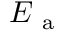
E _ { \mathrm { ~ a ~ } }